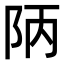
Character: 陃